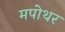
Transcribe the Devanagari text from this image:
मपोथर